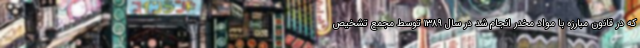
که در قانون مبارزه با مواد مخدر انجام شد در سال ۱۳۸۹ توسط مجمع تشخیص